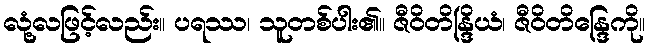
လုံ့လဖြင့်လည်း။ ပရဿ၊ သူတစ်ပါး၏။ ဇီဝိတိန္ဒြိယံ၊ ဇီဝိတိန္ဒြေကို။